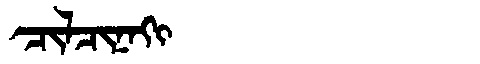
Manchu: ᠴᡳᠯᠴᡳᠨᠠᡴᡳ
Romanization: CILCINAKI